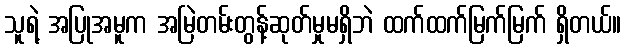
သူရဲ့ အပြုအမူက အမြဲတမ်းတွန့်ဆုတ်မှုမရှိဘဲ ထက်ထက်မြက်မြက် ရှိတယ်။